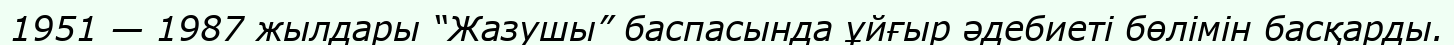
1951 — 1987 жылдары “Жазушы” баспасында ұйғыр әдебиеті бөлімін басқарды.